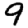
Digit: 9